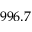
9 9 6 . 7